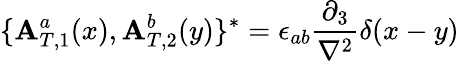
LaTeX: \{ {\mathbf{A}_{T,1}^{a}}(x),{\mathbf{A}_{T,2}^{b}}(y)\} ^{*}=\epsilon_{ab}\frac{{\partial_{3}}}{{\nabla^{2}}}\delta(x-y)